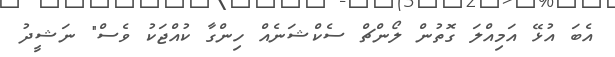
އެބަ އުޅޭ އަމިއްލަ ގޮތުން ލޯންޗް ސެކްޝަނެއް ހިންގާ ކުއްޖަކު ވެސް" ނަޝީދު